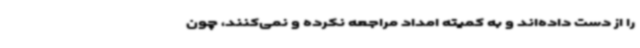
را از دست داده‌اند و به کمیته امداد مراجعه نکرده و نمی‌کنند، چون